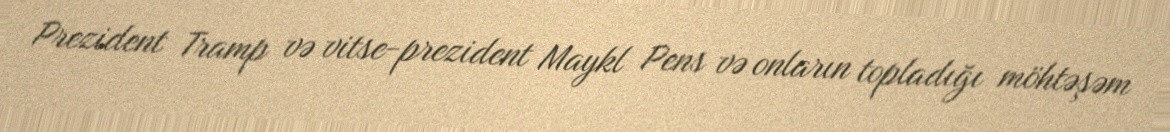
Prezident Tramp və vitse-prezident Maykl Pens və onların topladığı möhtəşəm